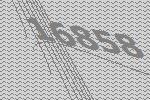
16858